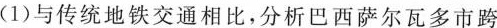
(1)与传统地铁交通相比，分析巴西萨尔瓦多市跨